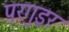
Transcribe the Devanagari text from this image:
परगुइर